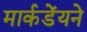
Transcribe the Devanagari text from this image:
मार्कडेंयने